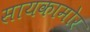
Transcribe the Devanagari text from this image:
सायकामोर